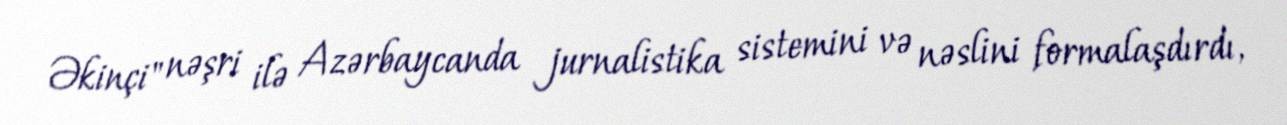
Əkinçi" nəşri ilə Azərbaycanda jurnalistika sistemini və nəslini formalaşdırdı,